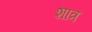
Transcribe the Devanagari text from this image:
शात्र